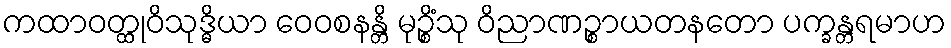
ကထာဝတ္ထုဝိသုဒ္ဓိယာ ဝေဝစနန္တိ မုဉ္စိံသု ဝိညာဏဉ္စာယတနတော ပက္ခန္တရမာဟ